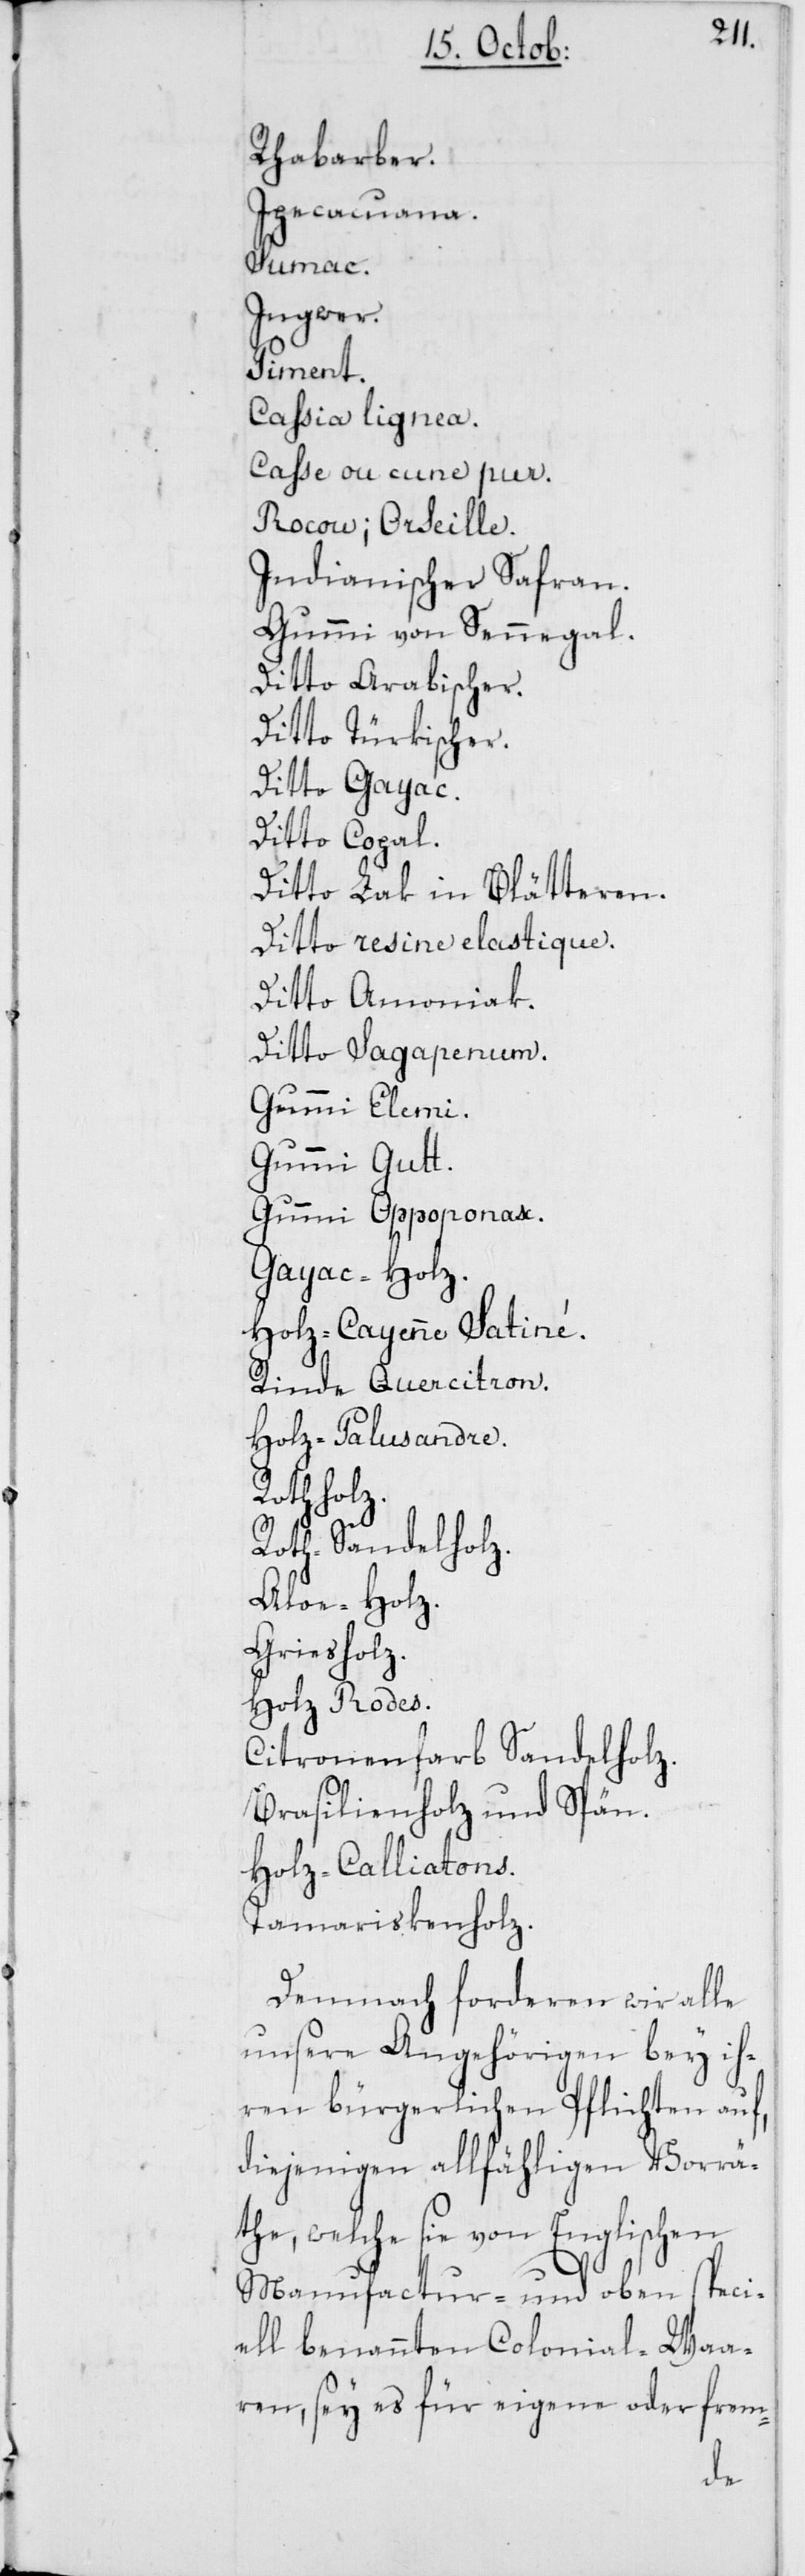
Rhabarber.
Ipecacuana.
Sumac.
Ingwer.
Piment.
Cassia lignea.
Casse ou cune pur.
Rocow ; Orseille.
Indianischer Safran.
Gummi von Senneg¬
Ditto Arabischer.
Ditto Türkischer.
Ditto Gayac.
Ditto Copal.
Ditto Lak in Blätte¬
Ditto resine elastique.
Ditto Amoniak.
Ditto Sagapenum.
Gummi Elemi.
Gummi Gutt.
Gummi Oppopanax.
Gayac-Holz.
Holz-Cayènne Satiné.
Rinde Quercitron.
Holz-Palusandre.
Rothholz.
ren.
Roth-Sandelhol¬
Aloe-Holz.
elholz.
Holz Rodes.
Citronenfarb Sand¬
Brasilienholz und
Holz-Calliatons.
Tamariskenholz.
Demnach forderen wir alle
unsere Angehörigen bey ih¬
ren bürgerlichen Pflichten auf,
diejenigen allfähligen Vorrä¬
the, welche sie von Englischen
Manufactur- und oben speci¬
ell benannten Colonial-Waa¬
ren, sey es für eigene oder frem-

z.